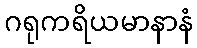
ဂရုကရိယမာနာနံ